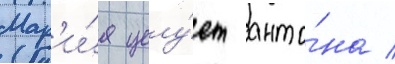
Мар'и́я целу́ет анто́на /